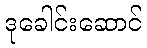
ဒုခေါင်းဆောင်